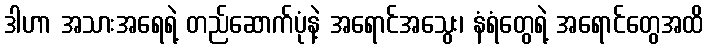
ဒါဟာ အသားအရေရဲ့ တည်ဆောက်ပုံနဲ့ အရောင်အသွေး၊ နံရံတွေရဲ့ အရောင်တွေအထိ